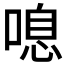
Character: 𠺒